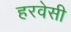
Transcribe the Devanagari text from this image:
हरवेसी